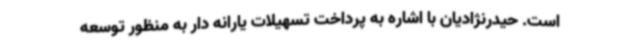
است. حیدرنژادیان با اشاره به پرداخت تسهیلات یارانه دار به منظور توسعه